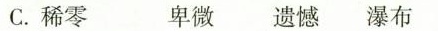
C.稀零 卑微 遗憾 瀑布